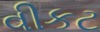
વીકટ